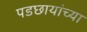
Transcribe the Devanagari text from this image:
पडछायांच्या